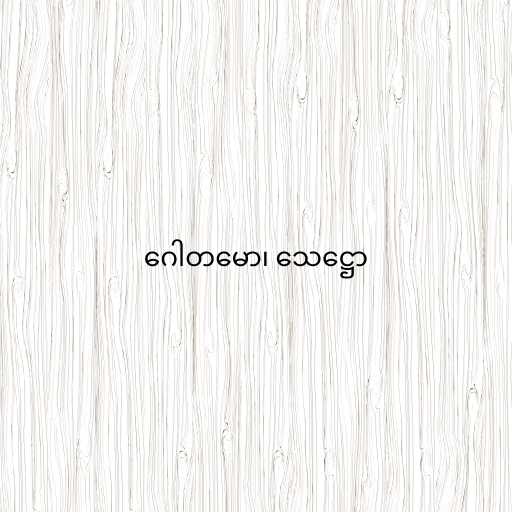
ဂေါတမော၊ သေဋ္ဌော